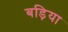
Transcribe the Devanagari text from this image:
बड़िया